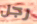
رجل